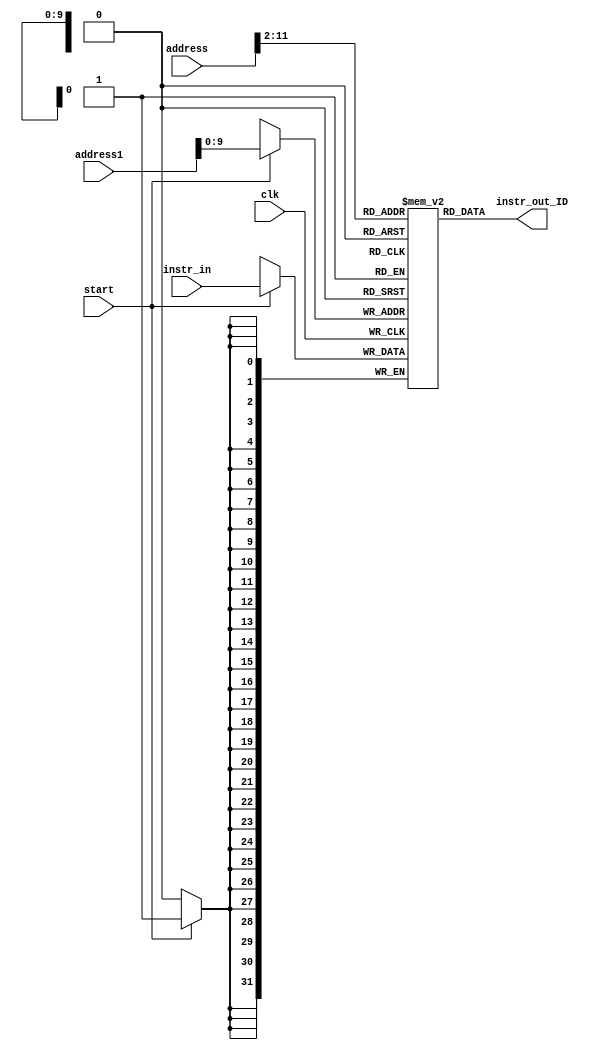
module instruction_Mem (
        input   [31:0] address
    ,   input   [31:0] address1
    ,   input   clk
    // ,   input   we
    ,   input   [31:0] instr_in
    ,   output  [31:0] instr_out_ID
    ,   input         start
);
    wire [31:0] A;
    reg [31:0] i_mem [0:1023];
    // initial begin
    //  $readmemh ("hex_file.mem", i_mem);
    // end
    always @(posedge clk) begin
        if (start)  i_mem[address1[9:0]] <= instr_in;
    end
    assign A = address >> 2;
    assign instr_out_ID = i_mem[A];
    
endmodule